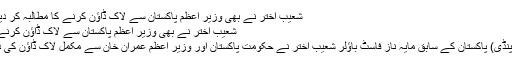
﻿ شعیب اختر نے بھی وزیر اعظم پاکستان سے لاک ڈاؤن کرنے کا مطالبہ کر دیا | UrduGram
شعیب اختر نے بھی وزیر اعظم پاکستان سے لاک ڈاؤن کرنے کا مطالبہ کر دیا
ویب ڈیسک: (راولپنڈی) پاکستان کے سابق مایہ ناز فاسٹ باؤلر شعیب اختر نے حکومت پاکستان اور وزیر اعظم عمران خان سے مکمل لاک ڈاؤن کی درخواست کی ہے۔